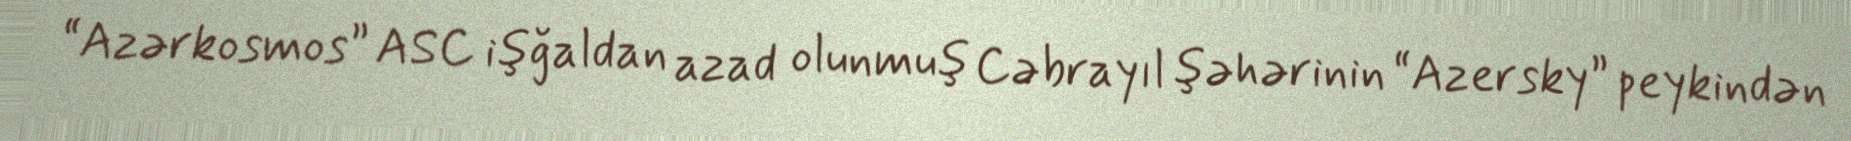
“Azərkosmos” ASC işğaldan azad olunmuş Cəbrayıl şəhərinin “Azersky” peykindən